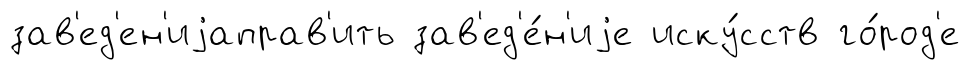
зав'ед'ен'иjаправ'ить зав'ед'е́н'иjе иску́сств го́род'е